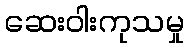
ဆေးဝါးကုသမှု